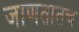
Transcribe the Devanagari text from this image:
जाणतातच